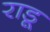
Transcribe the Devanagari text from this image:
राडू